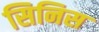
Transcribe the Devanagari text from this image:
सिनिस